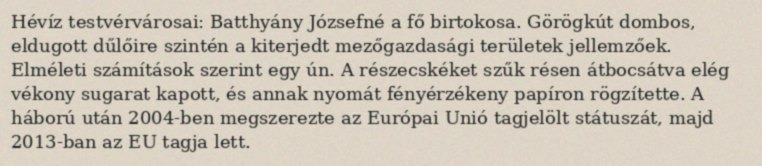
Hévíz testvérvárosai: Batthyány Józsefné a fő birtokosa. Görögkút dombos, eldugott dűlőire szintén a kiterjedt mezőgazdasági területek jellemzőek. Elméleti számítások szerint egy ún. A részecskéket szűk résen átbocsátva elég vékony sugarat kapott, és annak nyomát fényérzékeny papíron rögzítette. A háború után 2004-ben megszerezte az Európai Unió tagjelölt státuszát, majd 2013-ban az EU tagja lett.